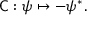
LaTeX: { \mathsf { C } } : \psi \mapsto - \psi ^ { * } .